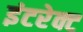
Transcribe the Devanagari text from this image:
इंटरेक्ट